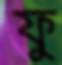
ফু